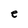
Character: e